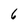
Character: 6